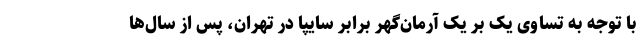
با توجه به تساوی یک بر یک آرمان‌گهر برابر سایپا در تهران، پس از سال‌ها